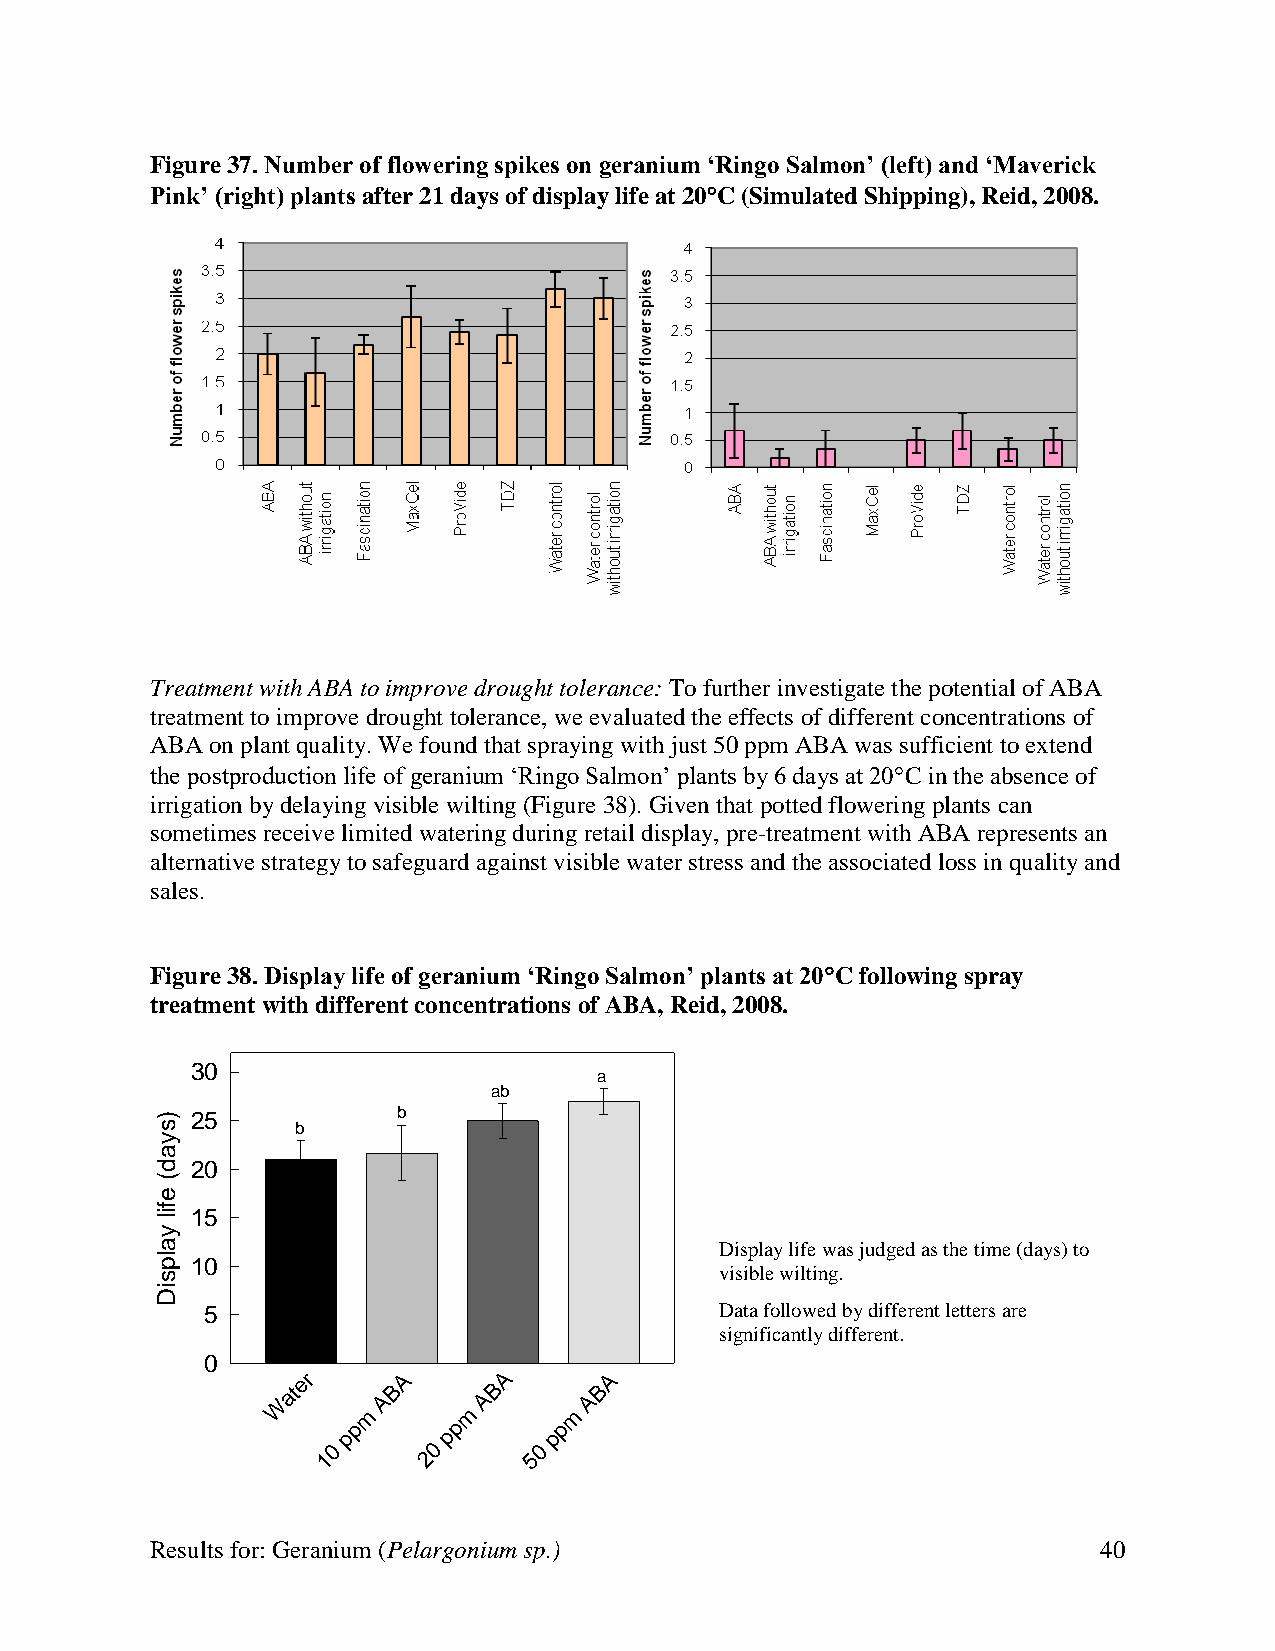
Figure 37. Number of flowering spikes on geranium ‘Ringo Salmon’ (left) and ‘Maverick
 Pink’ (right) plants after 21 days of display life at 20C (Simulated Shipping), Reid, 2008.
 Treatment with ABA to improve drought tolerance: To further investigate the potential of ABA
 treatment to improve drought tolerance, we evaluated the effects of different concentrations of
 ABA on plant quality. We found that spraying with just 50 ppm ABA was sufficient to extend
 the postproduction life of geranium ‘Ringo Salmon’ plants by 6 days at 20C in the absence of
 irrigation by delaying visible wilting (Figure 38). Given that potted flowering plants can
 sometimes receive limited watering during retail display, pre-treatment with ABA represents an
 alternative strategy to safeguard against visible water stress and the associated loss in quality and
 sales.
 Figure 38. Display life of geranium ‘Ringo Salmon’ plants at 20C following spray
 treatment with different concentrations of ABA, Reid, 2008.
 30
 a
 ab
 s) 25
 b
 b
 y
 a
 d  20
 (
 e
 f
 li 15
 y
 a                                     Display life was judged as the time (days) to
 pl 10
 s                                     visible wilting.
 Di
 5                                 Data followed by different letters are
 significantly different.
 0
 W
 ater
 m
 ABA
 m
 ABA
 m
 ABA
 p      p      p
 p     p      p
 0      0     0
 1      2      5
 Results for: Geranium (Pelargonium sp.)                        40